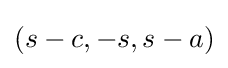
(s-c,-s,s-a)